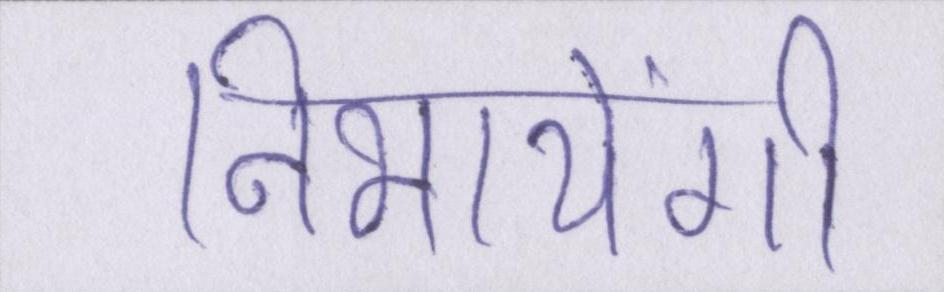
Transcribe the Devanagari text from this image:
निभायेंगी